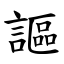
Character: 謳